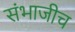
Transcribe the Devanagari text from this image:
संभाजीच